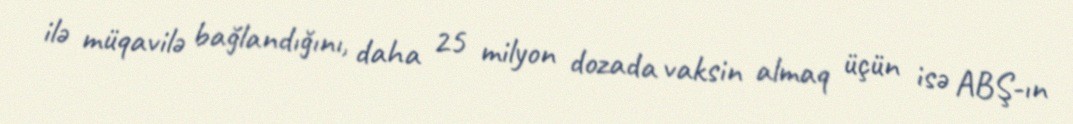
ilə müqavilə bağlandığını, daha 25 milyon dozada vaksin almaq üçün isə ABŞ-ın